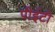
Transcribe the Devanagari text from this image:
पीईटी